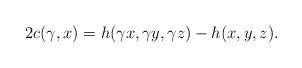
\begin{align*} 2c(\gamma, x)=h(\gamma x,\gamma y,\gamma z)-h(x,y,z). \end{align*}